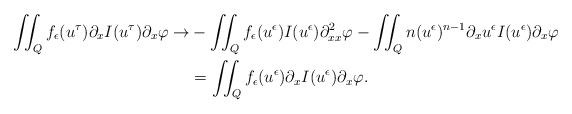
\begin{align*} \iint_Q f_\epsilon(u^\tau) \partial_x I(u^\tau) \partial_x \varphi \rightarrow & - \iint_Q f_\epsilon(u^\epsilon) I(u^\epsilon) \partial^2_{xx} \varphi - \iint_Q n (u^\epsilon)^{n-1} \partial_x u^\epsilon I(u^\epsilon) \partial_x \varphi \\ & = \iint_Q f_\epsilon(u^\epsilon) \partial_x I(u^\epsilon) \partial_x \varphi. \end{align*}